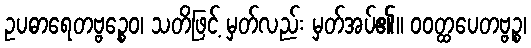
ဥပဓာရေတဗ္ဗဉ္စေဝ၊ သတိဖြင့် မှတ်လည်း မှတ်အပ်၏။ ဝဝတ္ထပေတဗ္ဗဉ္စ၊